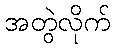
အတွဲလိုက်